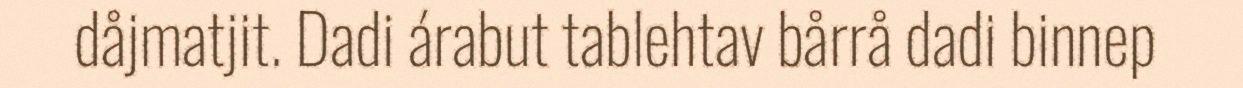
dåjmatjit. Dadi árabut tablehtav bårrå dadi binnep